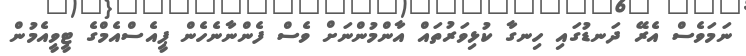
ނަމަވެސް އެރޭ ދަނޑުގައި ހިނގާ ކުޅިވަރުތައް އާންމުންނަށް ވެސް ފެންނާނެހެން ޕީއެސްއެމްގެ ޓީވީއެމުން